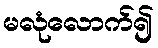
မလုံလောက်၍